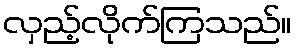
လှည့်လိုက်ကြသည်။